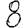
Digit: 8